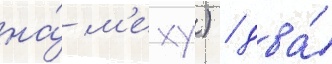
на́ м'еху) / два́